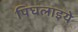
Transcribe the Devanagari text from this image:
पिघलाइये